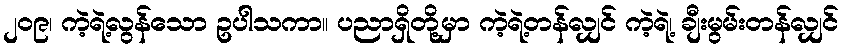
၂၀၉၊ ကဲ့ရဲ့လွန်သော ဥပါသကာ။ ပညာရှိတို့မှာ ကဲ့ရဲ့တန်လျှင် ကဲ့ရဲ့၊ ချီးမွမ်းတန်လျှင်